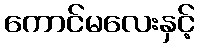
ကောင်မလေးနှင့်